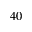
4 0